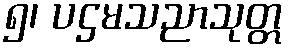
၅၊ ပဌမသညာသုတ္တ